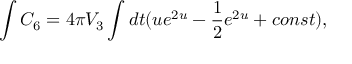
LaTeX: \int C _ { 6 } = 4 \pi V _ { 3 } \int d t ( u e ^ { 2 u } - { \frac { 1 } { 2 } } e ^ { 2 u } + c o n s t ) ,